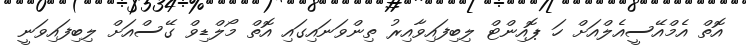
އޮތް އެމްއޭސީއެލްއަށް ހަ ޕޮއިންޓް ލިބިފައިވާއިރު ތިންވަނައިގައި އޮތް މޯލްޑިވް ގޭސްއަށް ލިބިފައިވަނީ